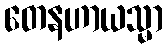
တေနဟာယသ္မာ